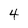
Character: 4